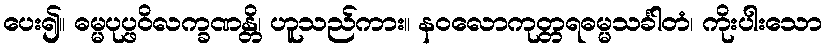
ပေး၍။ ဓမ္မပုပ္ဖဝိလက္ခဏန္တိ၊ ဟူသည်ကား။ နဝလောကုတ္တရဓမ္မသင်္ခါတံ၊ ကိုးပါးသော